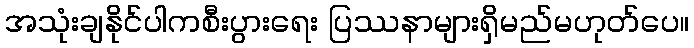
အသုံးချနိုင်ပါကစီးပွားရေး ပြဿနာများရှိမည်မဟုတ်ပေ။